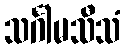
သင်္ဂါမသီသံ